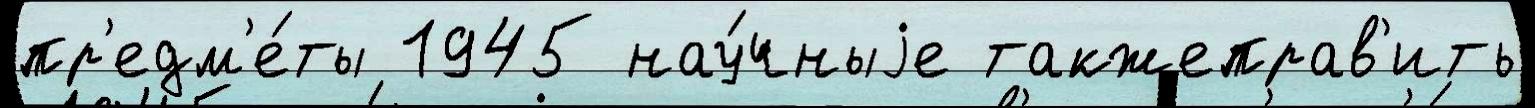
пр'едм'е́ты 1945 нау́чныjе такжеправ'ить